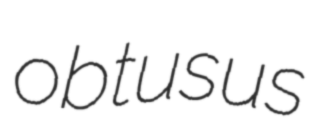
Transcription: obtusus